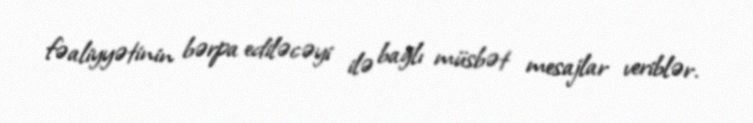
fəaliyyətinin bərpa ediləcəyi ilə bağlı müsbət mesajlar veriblər.